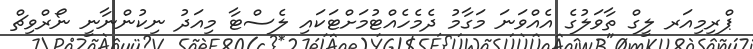
ޕްރިމިއަރ ލީގް ތާވަލުގެ އެއްވަނަ މަގާމު ދެމެހެއްޓުމަށްޓަކައި ލެސްޓާ މިއަދު ނިކުންނާނީ ނޯރްވިޗް